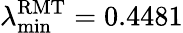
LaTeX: \lambda_{\operatorname*{min}}^{\mathrm{RMT}}=0.4481